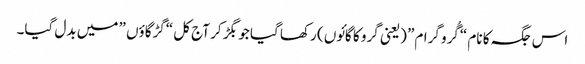
اس جگہ کا نام “گُرو گرام” (یعنی گرو کا گائوں ) رکھا گیا جو بگڑ کر آج کل “گڑگاؤں ” میں بدل گیا۔